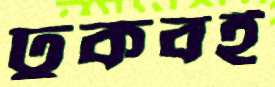
ঢুকবই